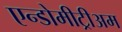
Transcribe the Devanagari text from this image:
एन्डोमीट्रीअम